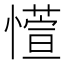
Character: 𫻊